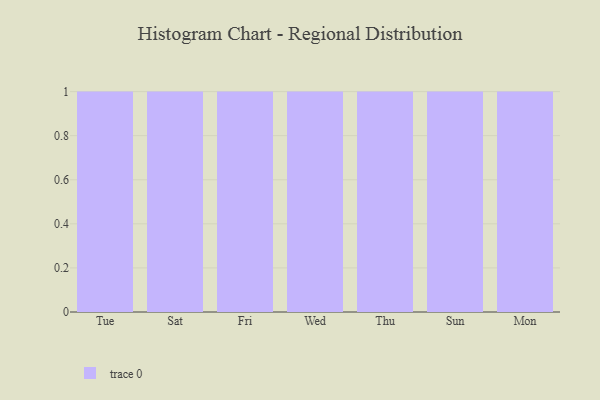
{"axis": {"x": "Day", "y": "Waste Production (Tons)"}, "legend": [""], "data": [{"x": "Tue", "y": 65, "type": ""}, {"x": "Sat", "y": 63, "type": ""}, {"x": "Fri", "y": 72, "type": ""}, {"x": "Wed", "y": 59, "type": ""}, {"x": "Thu", "y": 8, "type": ""}, {"x": "Sun", "y": 38, "type": ""}, {"x": "Mon", "y": 13, "type": ""}]}